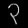
Digit: ၃